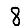
Digit: 8